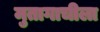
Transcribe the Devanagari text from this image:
मुतागाचीला